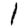
Digit: 1